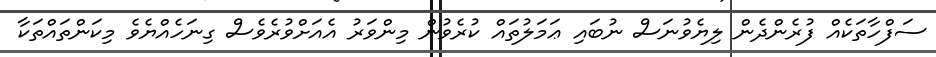
ސަފްހާތަކެއްް ފުރެންދެން ލިޔެވުނަސް ނުބައި ޢަމަލުތައް ކުރެވުން މިންވަރު އެއަށްވުރެވެސް ގިނަހެއްޔެވެ މިކަންތައްތަކާ